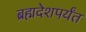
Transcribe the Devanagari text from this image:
ब्रह्मदेशपर्यंत